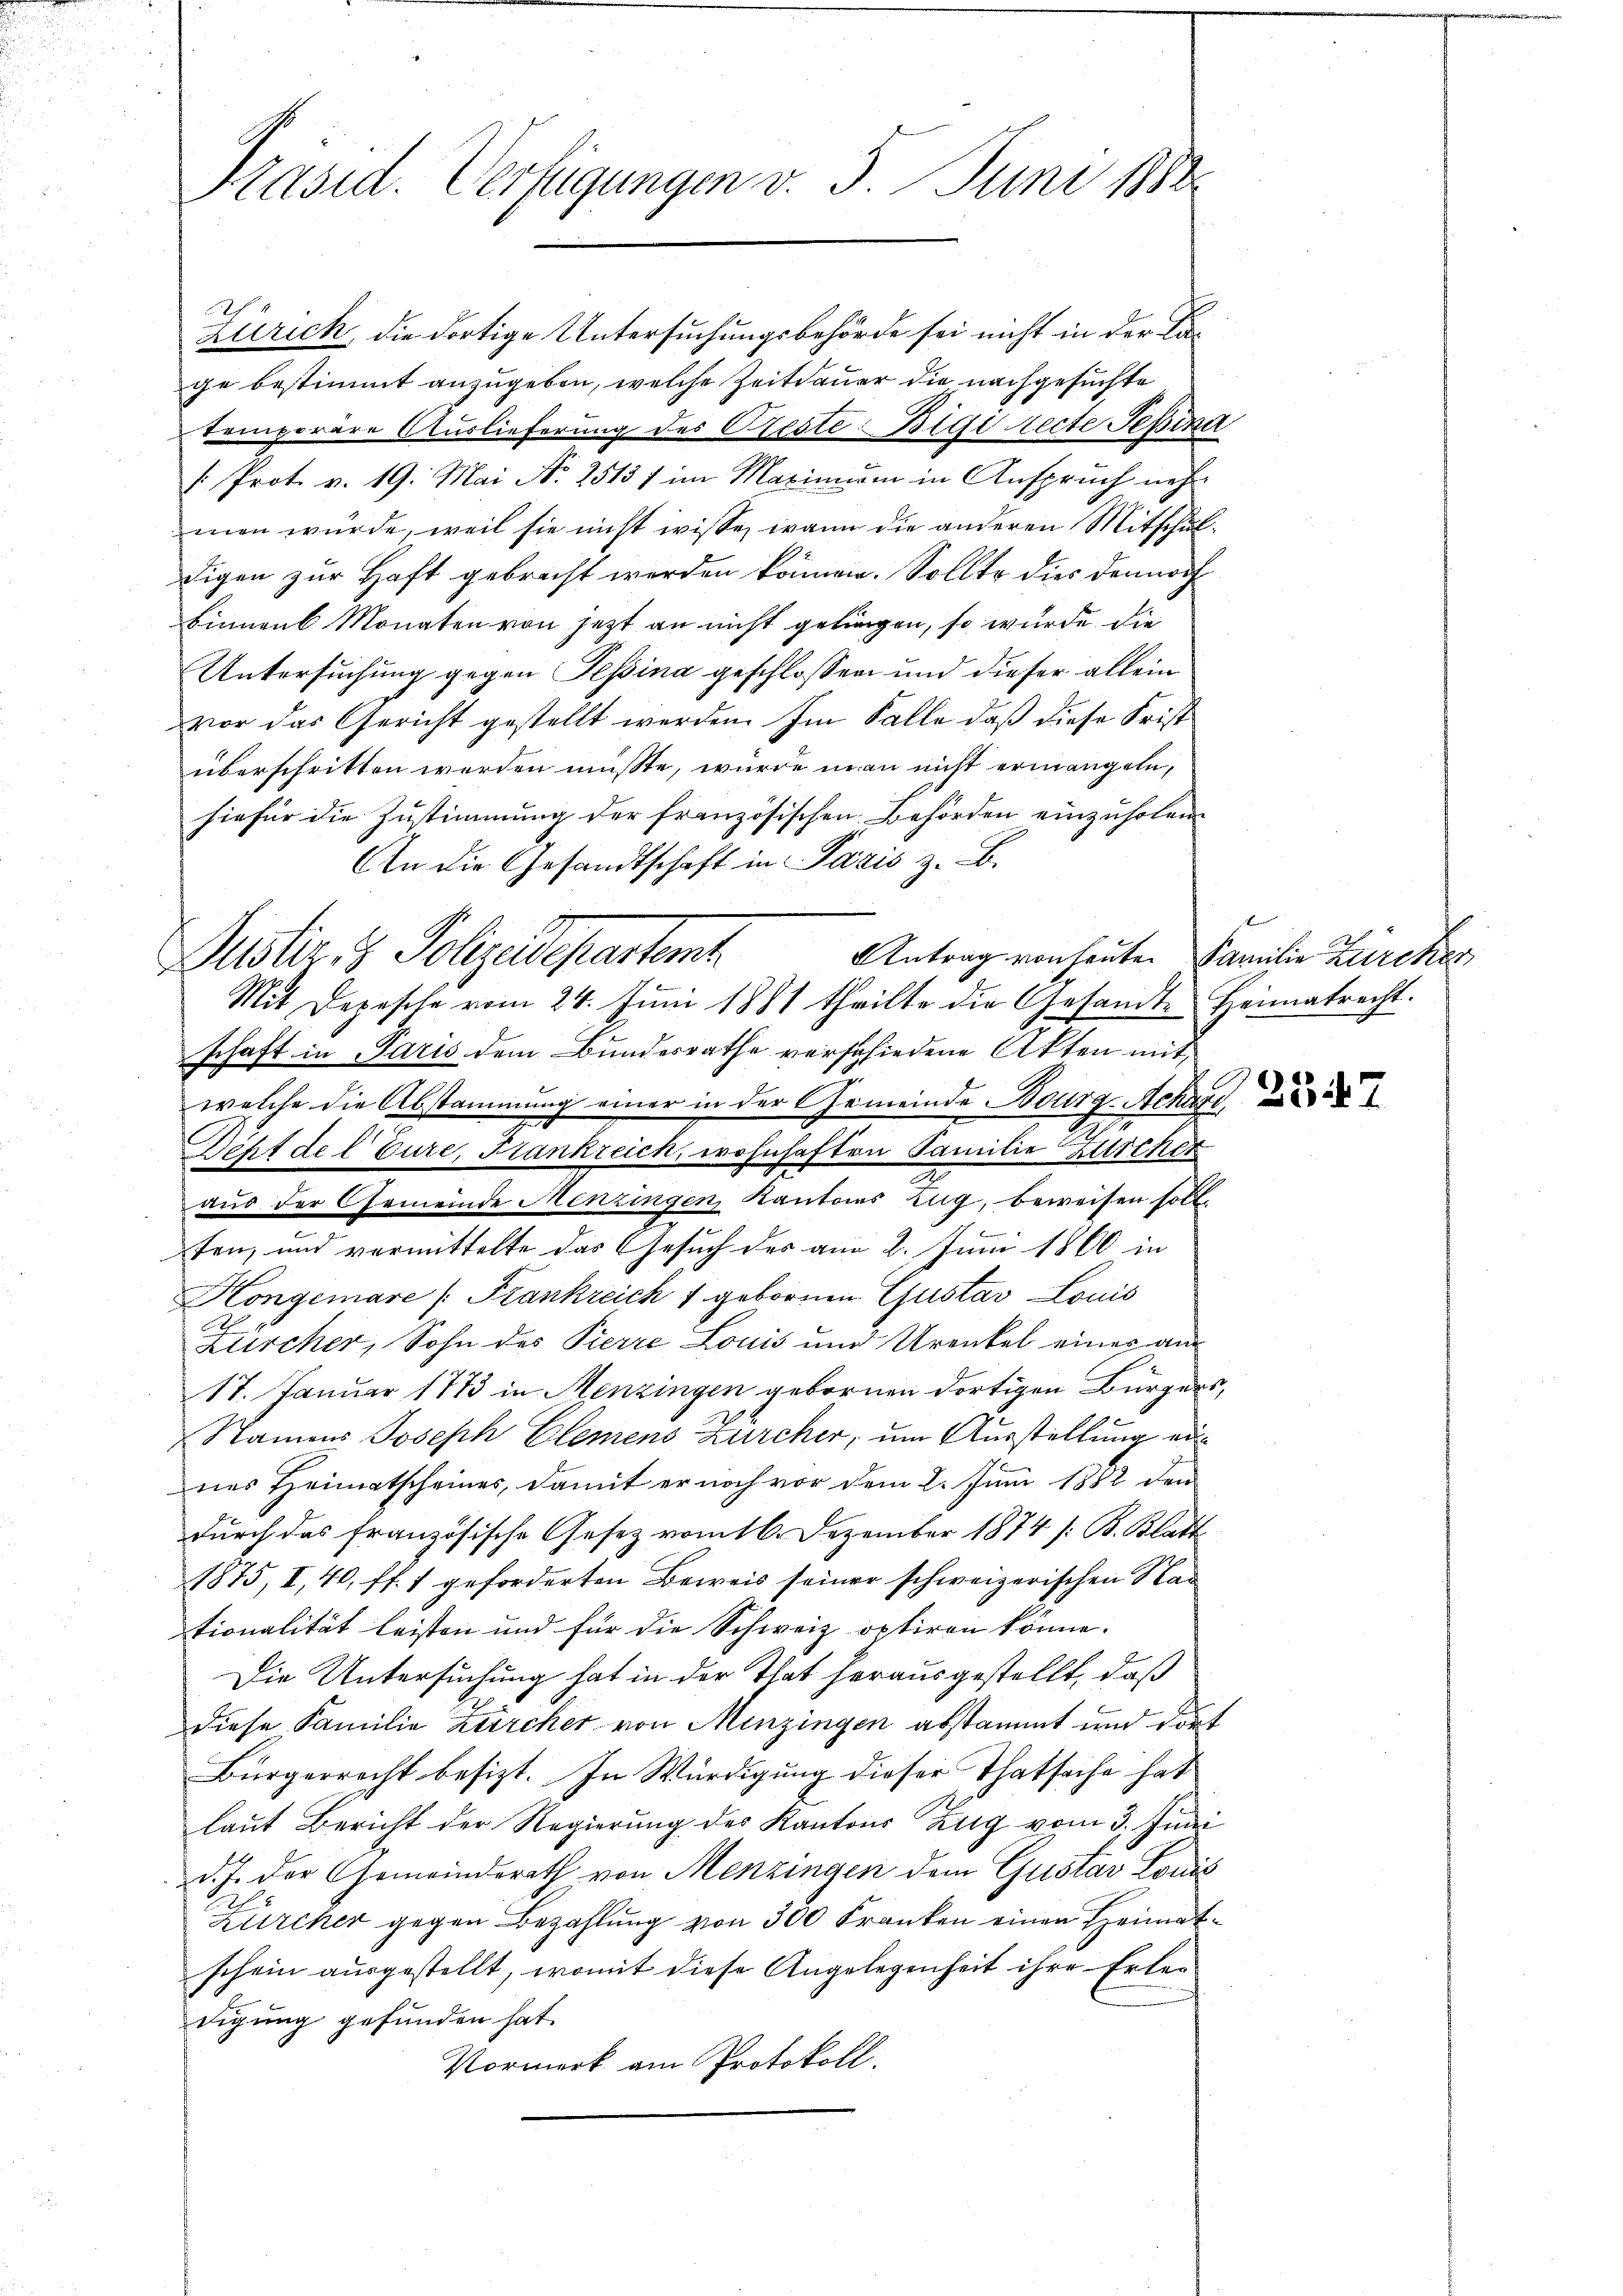
Präsid. Verfügungen v. 5. Juni 1882

Zürich, die dortige Untersuchungsbehörde sei nicht in der Cage bestimmt anzugeben, welche Zeitdauer die nachgesuchte
temporere Auslieferung des Geste Bigi lecte Pepina
. Prot. v. 19. Mai No 2513) im Marinium in Anspruch neh
men würde, weil sie nicht wisse, wann die anderen Mitschuldigen zur Haft gebracht werden können. Sollte dies dennoch
Binnens Monaten von jetzt an nicht gelingen, so wurde die
Untersuchung gegen Tessina geschlossen und dieser allein
vor das Gericht gestellt werden. Im Falle daß diese Frist
überschritten werden müsste, wurde man nicht ermangele,
hiefür die Zustimmung der französischen Behörden einzuholen¬
An die Gesandtschaft in Paris z. B.
Antrag von heuten Familie Zürches
schaft in Paris dem Bundesrathe verschiedene Akten mit
welche die Abstammung einer in der Gemeinde Bourg-Achan
Deht de l Eure, Frankreich, wohnhaften Familie Zürcher
.
aus der Gemeinde Menzingen Kantons Zug, beweisen solle
ten, und vermittelte das Gesuch des am 2. Juni 1860 in
Hongemare (Frankreich 1 gebornen Gustav Louis
e
Zürcher, Sohn des Pierre Louis und Urenkel einer an
17. Januar 1773 in Menzingen gebornen dortigen Bürgers,
Namens Joseph Elemens Zürcher, um Ausstellung eines Heimatscheines, damit er noch vor dem 2. Juni 1882 den
durch das französische Gesetz vom 16. Dezember 1874 /: B. Blatt
1875, I, 40 ff. 1 geforderten Beweis seiner schweizerischen Stad
tionalität leisten und für die Schweiz optiren könne.
Die Untersuchung hat in der That herausgestellt, daß
diese Familie Zürcher von Menzingen abstammt und dort
Bürgerrecht besizt. In Würdigung dieser Thatsache hat
laŭt Bericht der Regierŭng des Kantons Zug vom 3. Juni
d. J. der Gemeinderath von Menzingen dem Gustav Louis
Zürcher gegen Bezahlung von 300 Franken einen Heimatschein ausgestellt, womit diese Angelegenheit ihre Erledigung gefunden hat.
Vormerk am Protokoll.

Justiz & Polzedepartent

Mit Depesche vom 24. Juni 1881 theilte die Gesandte Heimatrecht.